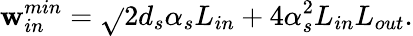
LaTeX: \mathbf{w}_{in}^{min}=\sqrt{}{{2d_{s}\alpha_{s}L_{in}+4\alpha_{s}^{2}L_{in}L_{out}}}.